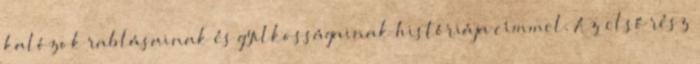
kalózok rablásainak és gyilkosságainak históriája címmel. Az első rész